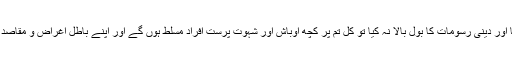
اگر موقع ہاتھ سے نکل گیا اور خدا کے لئے قیام نہ کیا اور دینی رسومات کا بول بالا نہ کیا تو کل تم پر کچھ اوباش اور شہوت پرست افراد مسلط ہوں گے اور اپنے باطل اغراض و مقاصد کے لئے تمہارے آئین و شرف سے کهلواڑ کریں گے۔